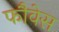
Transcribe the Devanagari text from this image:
फौवेस